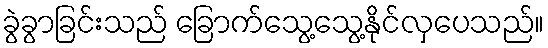
ခွဲခွာခြင်းသည် ခြောက်သွေ့သွေ့နိုင်လှပေသည်။